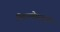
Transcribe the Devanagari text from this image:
स्पिनमेइस्टरों